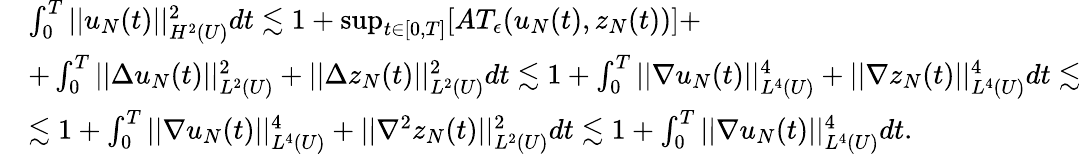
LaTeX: \begin{array}{rl}&{\int_{0}^{T}||u_{N}(t)||_{H^{2}(U)}^{2}dt\lesssim 1+\operatorname*{sup}_{t\in[0,T]}[AT_{\epsilon}(u_{N}(t),z_{N}(t))]+}\\ &{+\int_{0}^{T}||\Delta u_{N}(t)||_{L^{2}(U)}^{2}+||\Delta z_{N}(t)||_{L^{2}(U)}^{2}dt\lesssim 1+\int_{0}^{T}||\nabla u_{N}(t)||_{L^{4}(U)}^{4}+||\nabla z_{N}(t)||_{L^{4}(U)}^{4}dt\lesssim}\\ &{\lesssim 1+\int_{0}^{T}||\nabla u_{N}(t)||_{L^{4}(U)}^{4}+||\nabla^{2}z_{N}(t)||_{L^{2}(U)}^{2}dt\lesssim 1+\int_{0}^{T}||\nabla u_{N}(t)||_{L^{4}(U)}^{4}dt.}\end{array}